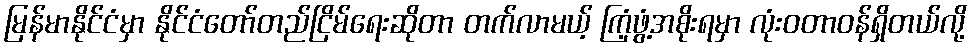
မြန်မာနိုင်ငံမှာ နိုင်ငံတော်တည်ငြိမ်ရေးဆိုတာ တက်လာမယ့် ကြံ့ဖွံ့အစိုးရမှာ လုံးဝတာဝန်ရှိတယ်လို့